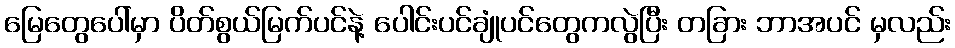
မြေတွေပေါ်မှာ ပိတ်စွယ်မြက်ပင်နဲ့ ပေါင်းပင်ချုံပင်တွေကလွဲပြီး တခြား ဘာအပင် မှလည်း